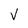
Character: V